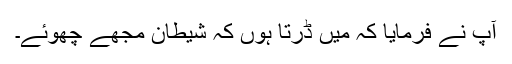
آپؐ نے فرمایا کہ میں ڈرتا ہوں کہ شیطان مجھے چھوئے۔